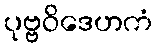
ပုဗ္ဗဝိဒေဟကံ